画像に写った文字を読んでください
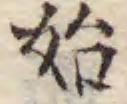
「始」と書いてあります